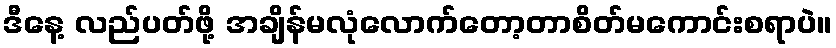
ဒီနေ့ လည်ပတ်ဖို့ အချိန်မလုံလောက်တော့တာစိတ်မကောင်းစရာပဲ။